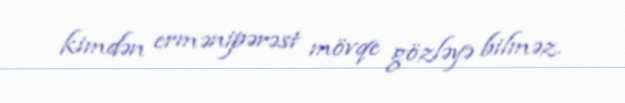
kimdən ermənipərəst mövqe gözləyə bilməz.